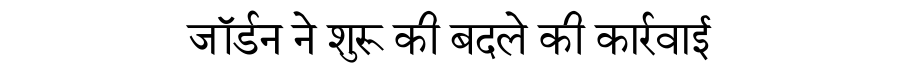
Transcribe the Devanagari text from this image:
जॉर्डन ने शुरू की बदले की कार्रवाई